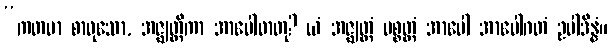
“ကတမာ စာဝုသော, အဇ္ဈတ္တိကာ အာပေါဓာတု? ယံ အဇ္ဈတ္တံ ပစ္စတ္တံ အာပေါ အာပေါဂတံ ဥပါဒိန္နံ။